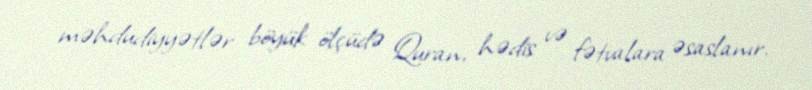
məhdudiyyətlər böyük ölçüdə Quran, hədis və fətvalara əsaslanır.